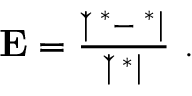
\begin{array} { r } { \bf { E } = \frac { | \check { \phi } ^ { \ast } - \phi ^ { \ast } | } { | \check { \phi } ^ { \ast } | } ~ . } \end{array}